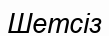
Шетсіз